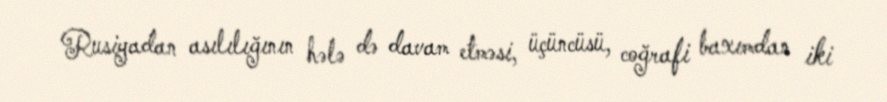
Rusiyadan asılılığının hələ də davam etməsi, üçüncüsü, coğrafi baxımdan iki